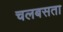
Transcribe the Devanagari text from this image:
चलबसता